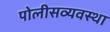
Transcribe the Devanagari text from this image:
पोलीसव्यवस्था